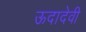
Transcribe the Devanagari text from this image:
ऊदादेवी